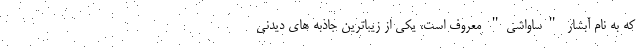
که به نام آبشار "ساواشی" معروف است، یکی از زیباترین جاذبه های دیدنی